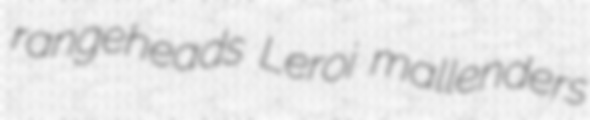
rangeheads Leroi mallenders